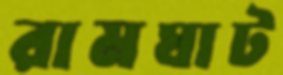
রামঘাট